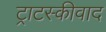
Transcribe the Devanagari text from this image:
ट्राटस्कीवाद